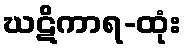
ဃဋိကာရ-ထုံး